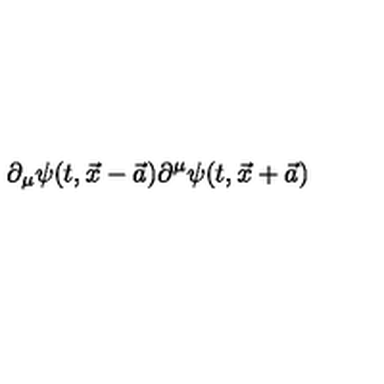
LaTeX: \partial _ { \mu } \psi ( t , \vec { x } - \vec { a } ) \partial ^ { \mu } \psi ( t , \vec { x } + \vec { a } )